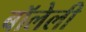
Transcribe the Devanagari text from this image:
बॉलेली